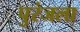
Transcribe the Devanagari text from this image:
पुरंजला